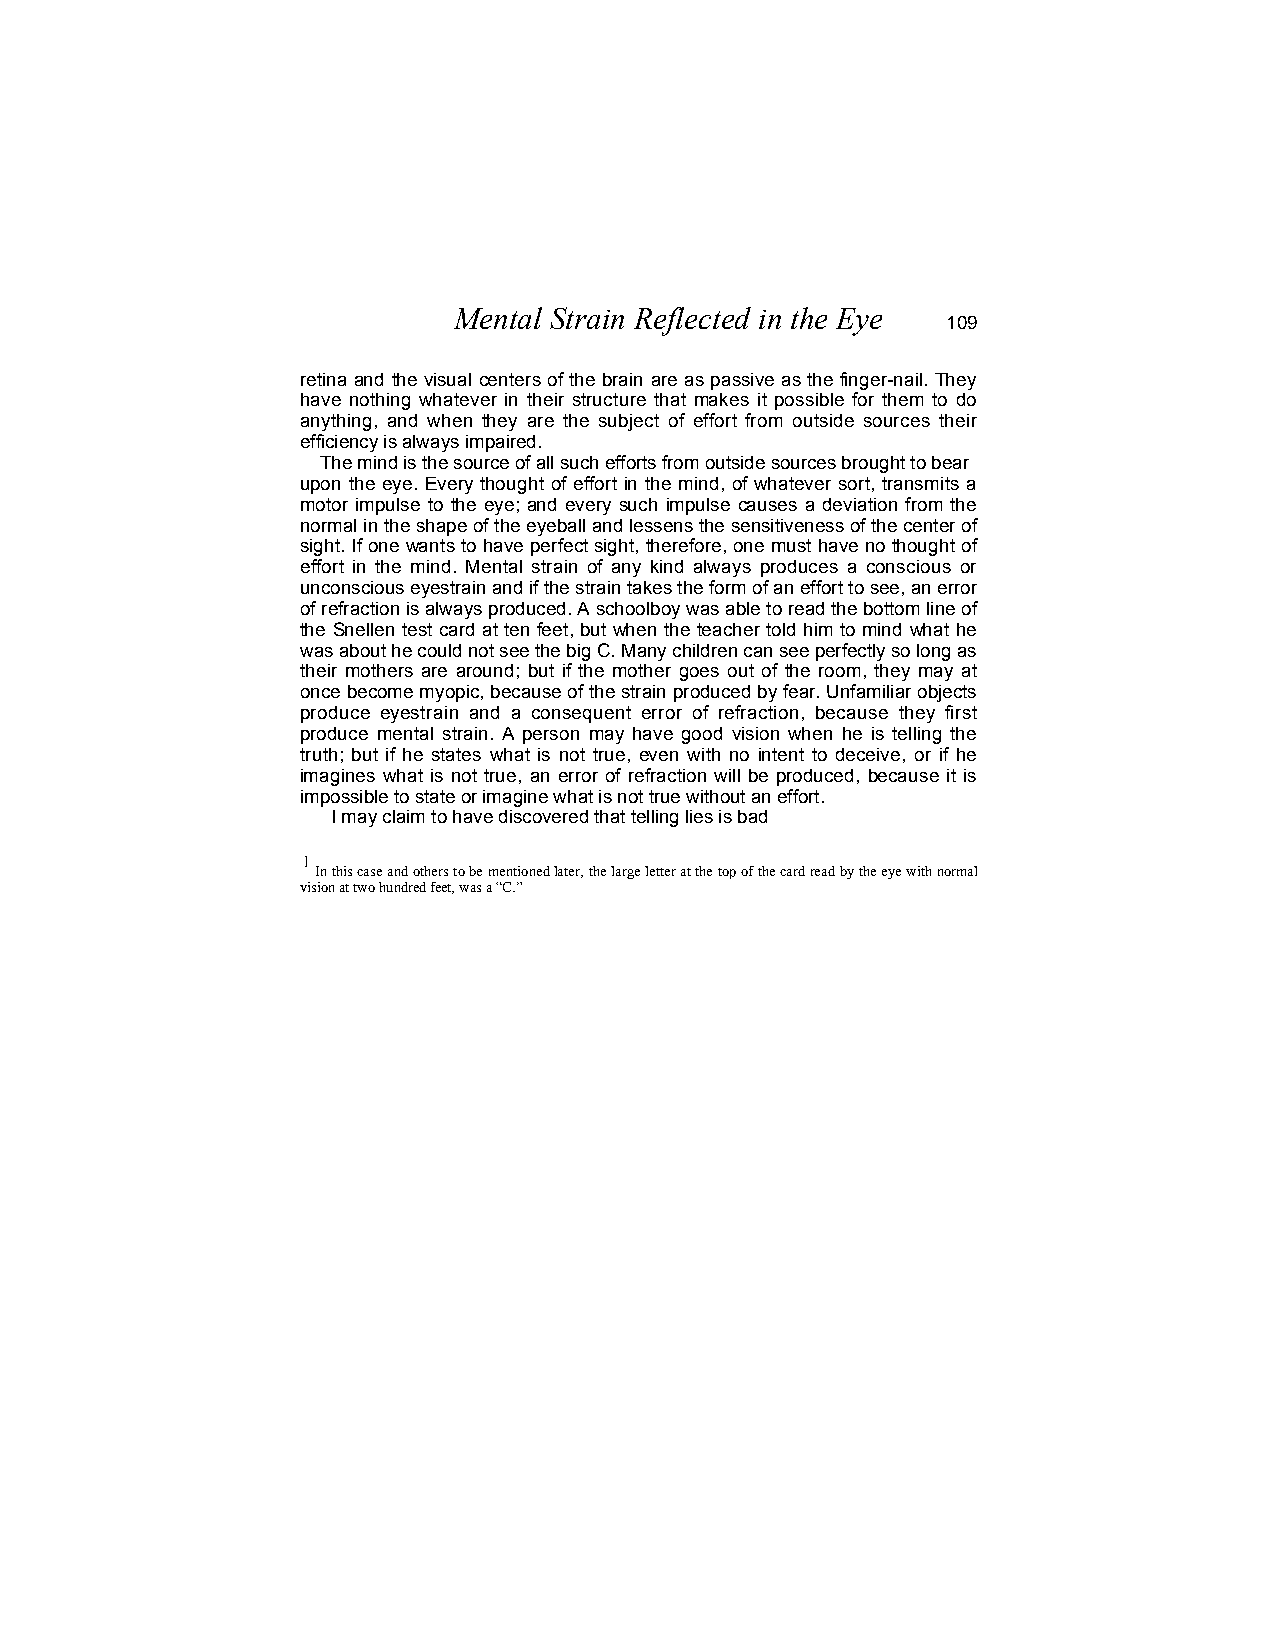
Mental Strain Reflected in the Eye
 109
 retina and the visual centers of the brain are as passive as the finger-nail. They
 have nothing whatever in their structure that makes it possible for them to do
 anything, and when they are the subject of effort from outside sources their
 efficiency is always impaired.
 The mind is the source of all such efforts from outside sources brought to bear
 upon the eye. Every thought of effort in the mind, of whatever sort, transmits a
 motor impulse to the eye; and every such impulse causes a deviation from the
 normal in the shape of the eyeball and lessens the sensitiveness of the center of
 sight. If one wants to have perfect sight, therefore, one must have no thought of
 effort in the mind. Mental strain of any kind always produces a conscious or
 unconscious eyestrain and if the strain takes the form of an effort to see, an error
 of refraction is always produced. A schoolboy was able to read the bottom line of
 the Snellen test card at ten feet, but when the teacher told him to mind what he
 was about he could not see the big C. Many children can see perfectly so long as
 their mothers are around; but if the mother goes out of the room, they may at
 once become myopic, because of the strain produced by fear. Unfamiliar objects
 produce eyestrain and a consequent error of refraction, because they first
 produce mental strain. A person may have good vision when he is telling the
 truth; but if he states what is not true, even with no intent to deceive, or if he
 imagines what is not true, an error of refraction will be produced, because it is
 impossible to state or imagine what is not true without an effort.
 I may claim to have discovered that telling lies is bad
 1
 In this case and others to be mentioned later, the large letter at the top of the card read by the eye with normal
 vision at two hundred feet, was a “C.”